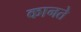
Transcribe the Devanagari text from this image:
कानते